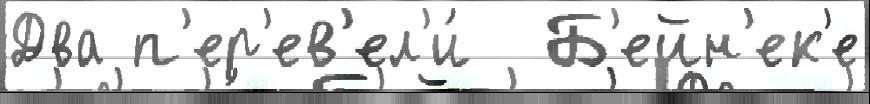
Два п'ер'ев'ел'и́  Б'ейн'ек'е